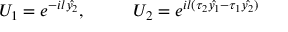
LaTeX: U _ { 1 } = e ^ { - i l \hat { y _ { 2 } } } , ~ ~ ~ ~ ~ ~ ~ ~ U _ { 2 } = e ^ { i l ( \tau _ { 2 } \hat { y _ { 1 } } - \tau _ { 1 } \hat { y _ { 2 } } ) }